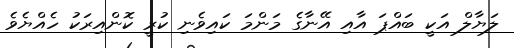
ލަޔާލް އަކީ ބައްޕަ އާއި އޭނާގެ މަންމަ ކައިވެނި ކުރީ ކޮންއިރަކު ހެއްޔެވެ